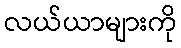
လယ်ယာများကို